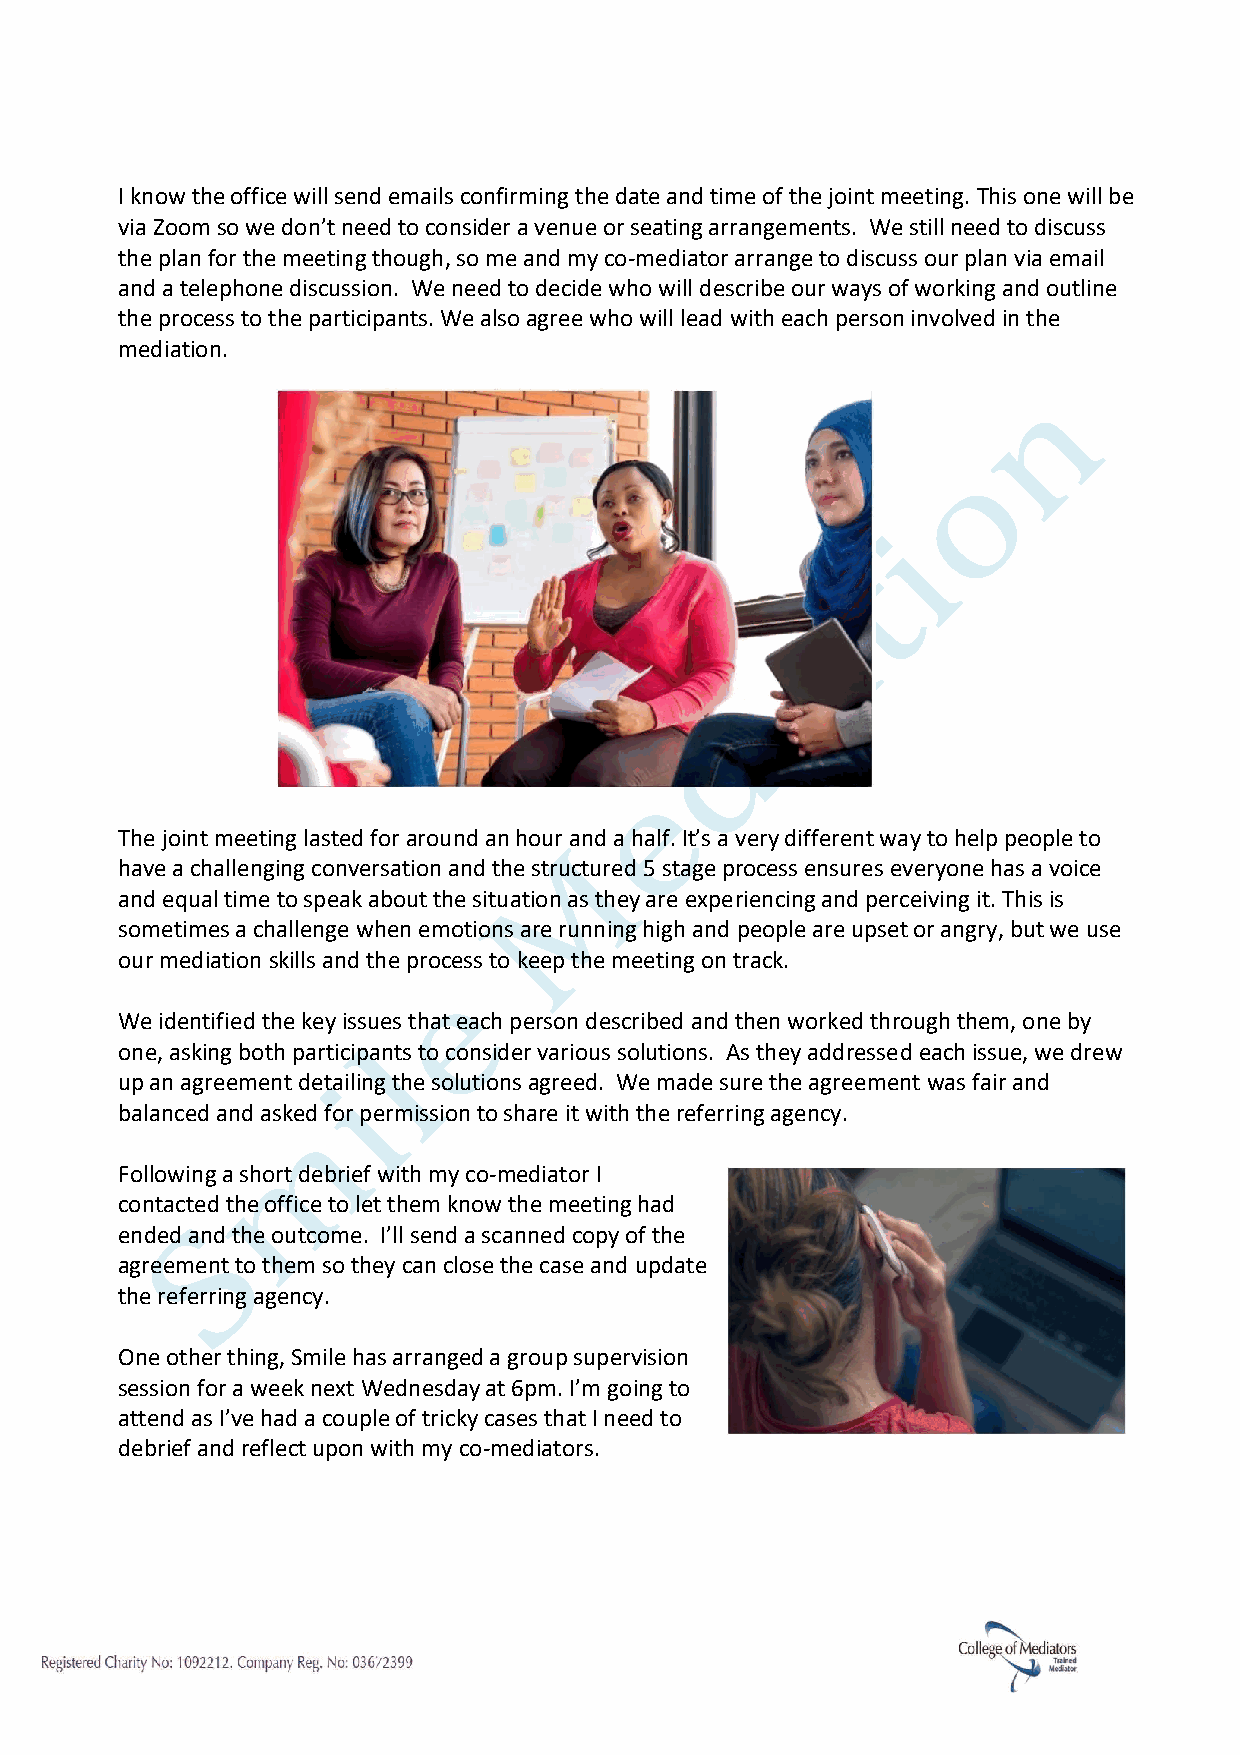
I know the office will send emails confirming the date and time of the joint meeting. This one will be
 via Zoom so we don’t need to consider a venue or seating arrangements. We still need to discuss
 the plan for the meeting though, so me and my co-mediator arrange to discuss our plan via email
 and a telephone discussion. We need to decide who will describe our ways of working and outline
 the process to the participants. We also agree who will lead with each person involved in the
 mediation.
 The joint meeting lasted for around an hour and a half. It’s a very different way to help people to
 have a challenging conversation and the structured 5 stage process ensures everyone has a voice
 and equal time to speak about the situation as they are experiencing and perceiving it. This is
 sometimes a challenge when emotions are running high and people are upset or angry, but we use
 our mediation skills and the process to keep the meeting on track.
 We identified the key issues that each person described and then worked through them, one by
 one, asking both participants to consider various solutions. As they addressed each issue, we drew
 up an agreement detailing the solutions agreed. We made sure the agreement was fair and
 balanced and asked for permission to share it with the referring agency.
 Following a short debrief with my co-mediator I
 contacted the office to let them know the meeting had
 ended and the outcome. I’ll send a scanned copy of the
 agreement to them so they can close the case and update
 the referring agency.
 One other thing, Smile has arranged a group supervision
 session for a week next Wednesday at 6pm. I’m going to
 attend as I’ve had a couple of tricky cases that I need to
 debrief and reflect upon with my co-mediators.